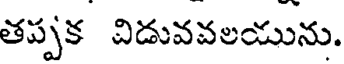
తప్పక విడువవలయును.